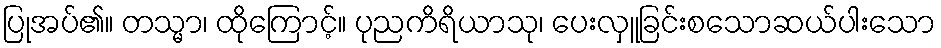
ပြုအပ်၏။ တသ္မာ၊ ထိုကြောင့်။ ပုညကိရိယာသု၊ ပေးလှူခြင်းစသောဆယ်ပါးသော